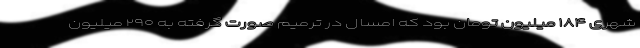
شهری ۱۸۴ میلیون تومان بود که امسال در ترمیم صورت گرفته به ۲۹۰ میلیون